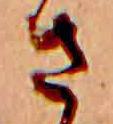
さ